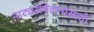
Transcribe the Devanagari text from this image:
नाट्यसंमेलनासाठी